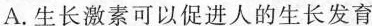
A.生长激素可以促进人的生长发育